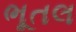
ભૂતલ